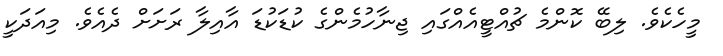
މީހެކެވެ. ލިބޭ ކޮންމެ ޗުއްޓީއެއްގައި ޖިނާހުމެންގެ ކުޑަކުޑަ އާއިލާ ރަށަށް ދެއެވެ. މިއަދަކީ